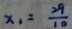
x _ { 1 } = \frac { 2 9 } { 1 0 }